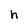
Character: h